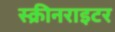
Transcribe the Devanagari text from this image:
स्क्रीनराइटर